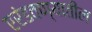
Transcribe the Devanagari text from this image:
एरंडवण्यातील